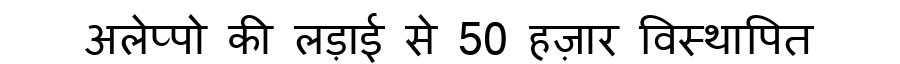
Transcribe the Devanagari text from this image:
अलेप्पो की लड़ाई से 50 हज़ार विस्थापित